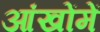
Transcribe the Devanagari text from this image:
आंखोंमें